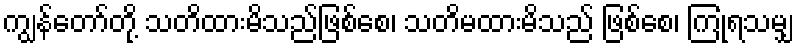
ကျွန်တော်တို့ သတိထားမိသည်ဖြစ်စေ၊ သတိမထားမိသည် ဖြစ်စေ၊ ကြုံရသမျှ